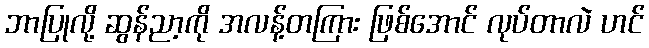
ဘာပြုလို့ ဆွန်ညာ့ကို အလန့်တကြား ဖြစ်အောင် လုပ်တာလဲ ဟင်